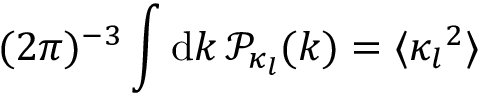
( 2 \pi ) ^ { - 3 } \int \mathrm { d } \boldsymbol { k } \, \mathcal P _ { \kappa _ { l } } ( \boldsymbol { k } ) = \langle \boldsymbol { \kappa _ { l } } ^ { 2 } \rangle